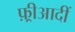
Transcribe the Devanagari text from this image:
फ़्रीआदीं